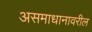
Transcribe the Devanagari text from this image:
असमाधानावरील